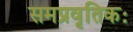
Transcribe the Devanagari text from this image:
समप्रवृतिकः